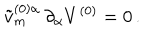
\tilde { v } _ { m } ^ { ( 0 ) \alpha } \, \partial _ { \alpha } V ^ { ( 0 ) } = 0 \, .